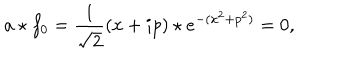
a \star f _ { 0 } = \frac { 1 } { \sqrt { 2 } } ( x + i p ) \star e ^ { - ( x ^ { 2 } + p ^ { 2 } ) } = 0 ,